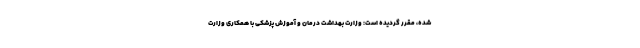
شده، مقرر گردیده است: وزارت بهداشت درمان و آموزش پزشکی با همکاری وزارت